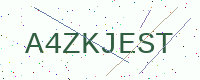
Text: A4ZKJEST